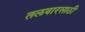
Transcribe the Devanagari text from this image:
तलवारसाठी